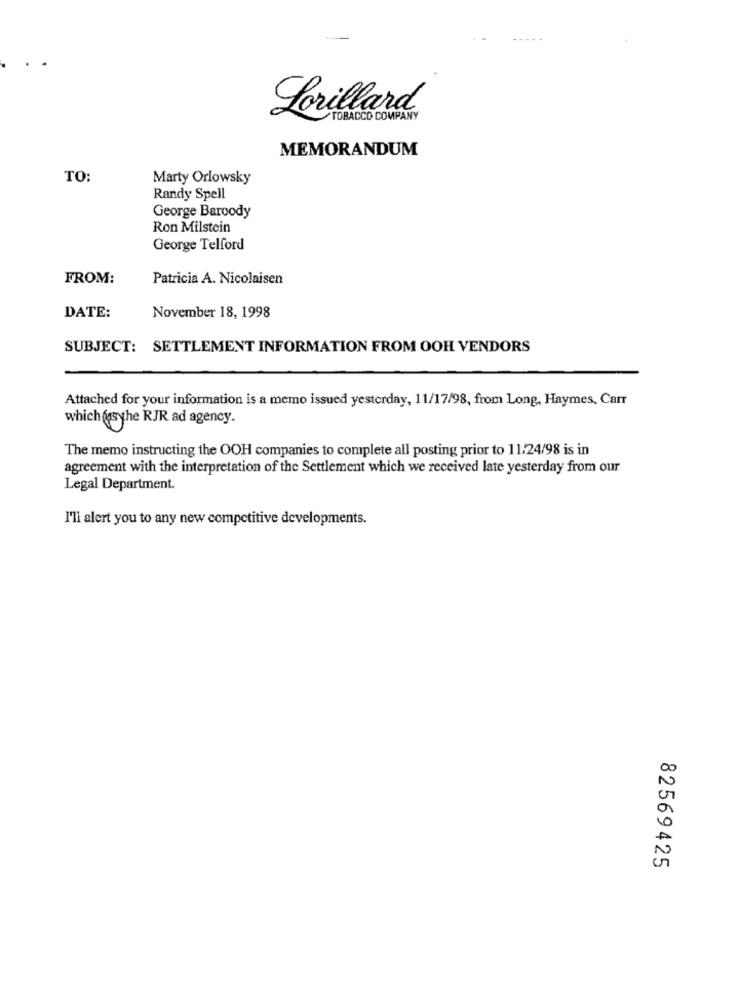
Lorillard
TOBACCO COMPANY
MEMORANDUM
TO:
Marty Orlowsky
Randy Spell
George Baroody
Ron Milstein
George Telford
FROM:
Patricia A. Nicolaisen
DATE:
November 18, 1998
SUBJECT: SETTLEMENT INFORMATION FROM OOH VENDORS
Attached for your information is a memo issued yesterday, 11/17/98, from Long, Haymes, Carr
which usthe RJR ad agency.
The memo instructing the OOH companies to complete all posting prior to 11/24/98 is in
agreement with the interpretation of the Settlement which we received late yesterday from our
Legal Department.
I'll alert you to any new competitive developments.
82569425